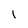
Character: l